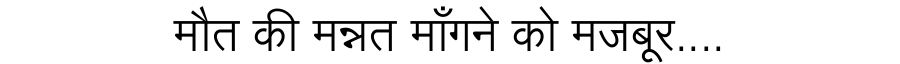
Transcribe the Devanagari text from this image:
मौत की मन्नत माँगने को मजबूर....